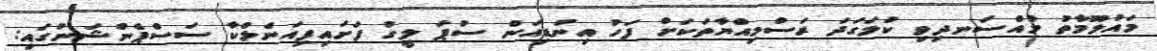
މައުލޫމާތު މުއްސަނދިވި ކުލަގަދަ ރަސްމިއްޔާތަކަށް ފަހު އިންޑިއަން ސުޕަ ލީގު ފަށައިފިއަނެލްކާ ސަސްޕެންޝަނުގައި: